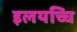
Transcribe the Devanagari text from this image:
इलयच्चि